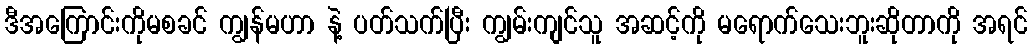
ဒီအကြောင်းကိုမစခင် ကျွန်မဟာ နဲ့ ပတ်သက်ပြီး ကျွမ်းကျင်သူ အဆင့်ကို မရောက်သေးဘူးဆိုတာကို အရင်